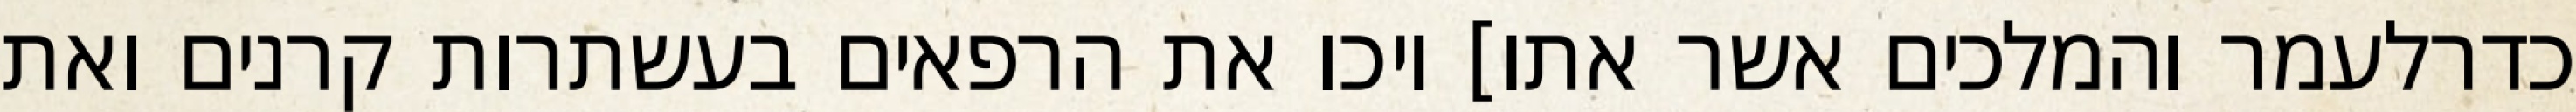
כדרלעמר והמלכים אשר אתו] ויכו את הרפאים בעשתרות קרנים ואת